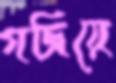
গজিয়ে